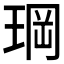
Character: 𤦇